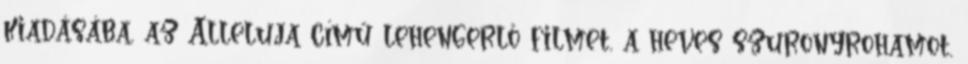
kiadásába, az Alleluja című lehengerlő fil­met, a heves szuronyrohamot,